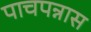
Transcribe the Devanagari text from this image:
पाचपन्नास